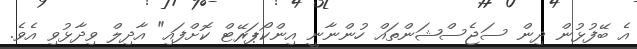
އެ ބޭފުޅުން ދިން ސަޖެސްޝަންތައް ހުންނާނީ އިންކޯޕަރޭޓް ކޮށްފައި" އާދިލް ވިދާޅުވި އެވެ.